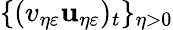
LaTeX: \{ (v_{\eta\varepsilon}\mathbf{u}_{\eta\varepsilon})_{t}\} _{\eta>0}